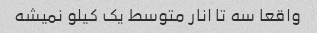
واقعا سه تا انار متوسط یک کیلو نمیشه